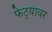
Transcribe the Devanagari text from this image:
फेट्यावर